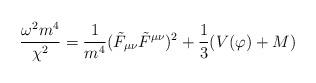
LaTeX: \begin{align*}\frac{\omega^{2}m^{4}}{\chi^{2}}=\frac{1}{m^{4}}(\tilde{F}_{\mu\nu}\tilde{F}^{\mu\nu})^{2}+\frac{1}{3}(V(\varphi)+M) \end{align*}